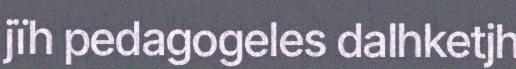
jïh pedagogeles dalhketjh